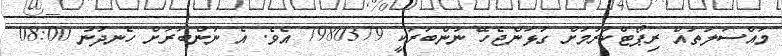
މައްސަލަތައް ރިޕޯޓްކުރުމަށް ގުޅަންޖެހޭ ނަންބަރަކީ 7980379 އެވެ. އެ ނަންބަރަށް ހެނދުނު 08:00